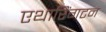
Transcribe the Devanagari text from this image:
एथारिंगटन